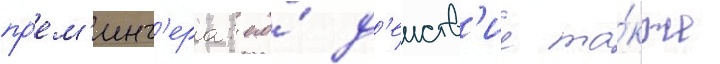
пр'ем'инг'ера: его́ д'еиств'ие та́кже